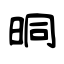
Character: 晍